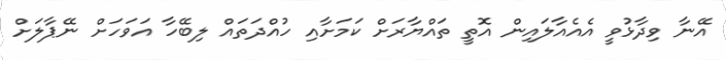
އޭނާ ވިދާޅުވީ އެއެއާލައިން އޮތީ ތައްޔާރަށް ކަމަށާއި ހުއްދަތައް ލިބޭހާ އަވަހަށް ނޭޕާލަށް